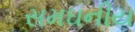
સમઘનીય